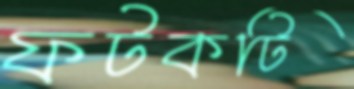
ফটকটি